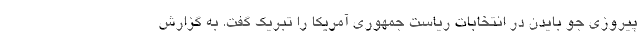
پیروزی جو بایدن در انتخابات ریاست جمهوری آمریکا را تبریک گفت. به گزارش